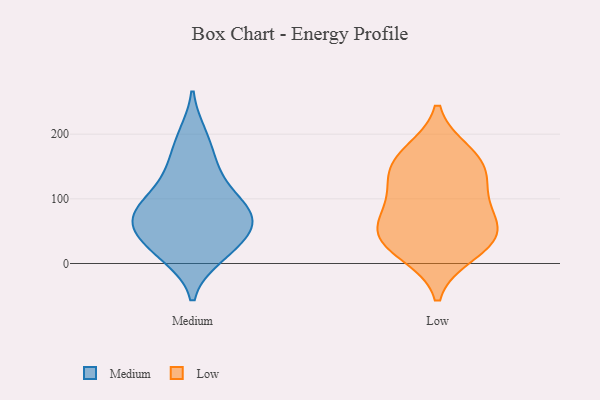
{"axis": {"x": "Revenue (USD Million)", "y": "Value"}, "legend": ["Low", "Medium"], "data": [{"x": "", "y": 10, "type": "Medium"}, {"x": "", "y": 65, "type": "Medium"}, {"x": "", "y": 91, "type": "Medium"}, {"x": "", "y": 62, "type": "Medium"}, {"x": "", "y": 160, "type": "Medium"}, {"x": "", "y": 17, "type": "Medium"}, {"x": "", "y": 133, "type": "Medium"}, {"x": "", "y": 199, "type": "Medium"}, {"x": "", "y": 78, "type": "Medium"}, {"x": "", "y": 57, "type": "Medium"}, {"x": "", "y": 37, "type": "Medium"}, {"x": "", "y": 101, "type": "Medium"}, {"x": "", "y": 106, "type": "Low"}, {"x": "", "y": 16, "type": "Low"}, {"x": "", "y": 42, "type": "Low"}, {"x": "", "y": 28, "type": "Low"}, {"x": "", "y": 78, "type": "Low"}, {"x": "", "y": 171, "type": "Low"}, {"x": "", "y": 130, "type": "Low"}, {"x": "", "y": 144, "type": "Low"}, {"x": "", "y": 47, "type": "Low"}, {"x": "", "y": 62, "type": "Low"}, {"x": "", "y": 163, "type": "Low"}]}